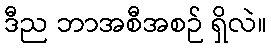
ဒီည ဘာအစီအစဉ် ရှိလဲ။